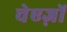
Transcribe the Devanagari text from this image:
चेएज़ों